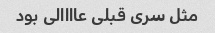
مثل سری قبلی عاااالی بود